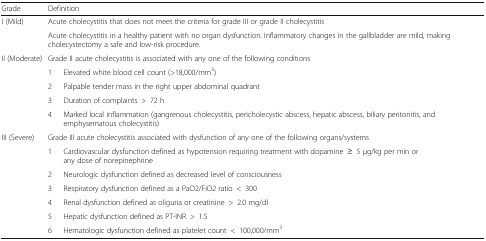
| Grade | <COLSPAN=2> Definition |
 | --- | --- | --- |
 | <ROWSPAN=2> I (Mild) | <COLSPAN=2> Acute cholecystitis that does not meet the criteria for grade III or grade II cholecystitis |
 | <COLSPAN=2> Acute cholecystitis in a healthy patient with no organ dysfunction. Inflammatory changes in the gallbladder are mild, making cholecystectomy a safe and low-risk procedure. |
 | <ROWSPAN=5> II (Moderate) | <COLSPAN=2> Grade II acute cholecystitis is associated with any one of the following conditions |
 | 1 | Elevated white blood cell count (>18,000/mm3) |
 | 2 | Palpable tender mass in the right upper abdominal quadrant |
 | 3 | Duration of complaints>72 h |
 | 4 | Marked local inflammation (gangrenous cholecystitis, pericholecystic abscess, hepatic abscess, biliary peritonitis, and emphysematous cholecystitis) |
 | <ROWSPAN=7> III (Severe) | <COLSPAN=2> Grade III acute cholecystitis associated with dysfunction of any one of the following organs/systems |
 | 1 | Cardiovascular dysfunction defined as hypotension requiring treatment with dopamine≥5 μg/kg per min or any dose of norepinephrine |
 | 2 | Neurologic dysfunction defined as decreased level of consciousness |
 | 3 | Respiratory dysfunction defined as a PaO2/FiO2 ratio<300 |
 | 4 | Renal dysfunction defined as oliguria or creatinine>2.0 mg/dl |
 | 5 | Hepatic dysfunction defined as PT-INR>1.5 |
 | 6 | Hematologic dysfunction defined as platelet count<100,000/mm3 |